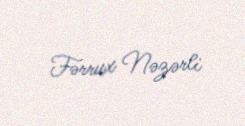
Fərrux Nəzərli